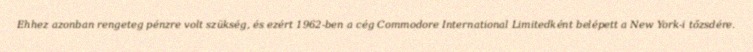
Ehhez azonban rengeteg pénzre volt szükség, és ezért 1962-ben a cég Commodore International Limitedként belépett a New York-i tőzsdére.